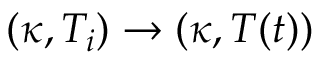
( \kappa , T _ { i } ) \rightarrow ( \kappa , T ( t ) )